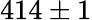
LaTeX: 414\pm 1